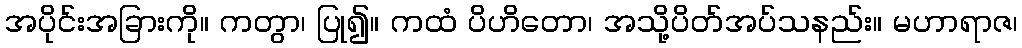
အပိုင်းအခြားကို။ ကတွာ၊ ပြု၍။ ကထံ ပိဟိတော၊ အသို့ပိတ်အပ်သနည်း။ မဟာရာဇ၊